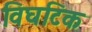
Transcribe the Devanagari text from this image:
विघटिक